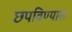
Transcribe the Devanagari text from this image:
छपविण्यास